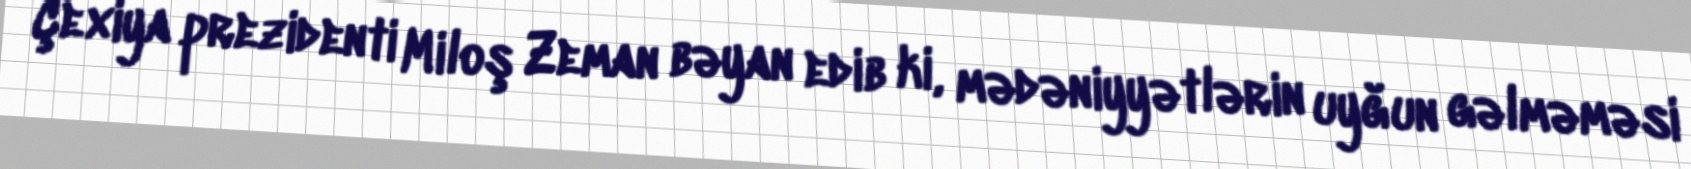
Çexiya prezidenti Miloş Zeman bəyan edib ki, mədəniyyətlərin uyğun gəlməməsi